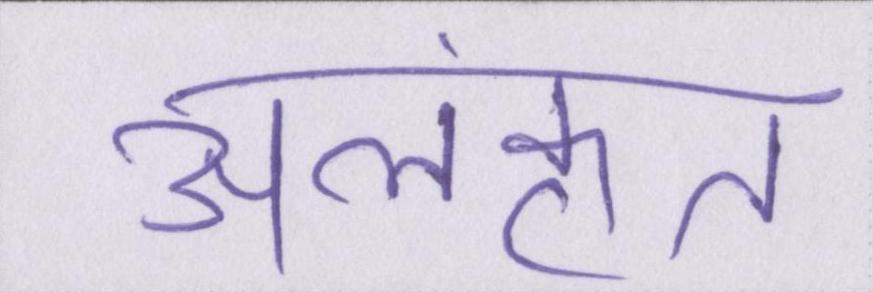
अलंकृत